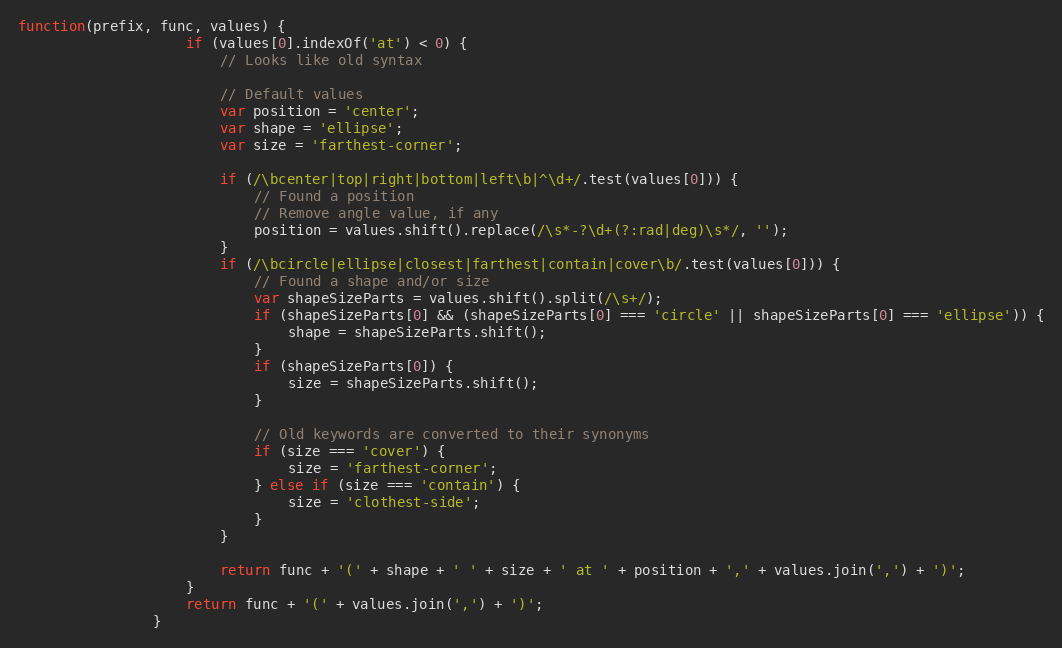
Language: JavaScript
function(prefix, func, values) {
					if (values[0].indexOf('at') < 0) {
						// Looks like old syntax

						// Default values
						var position = 'center';
						var shape = 'ellipse';
						var size = 'farthest-corner';

						if (/\bcenter|top|right|bottom|left\b|^\d+/.test(values[0])) {
							// Found a position
							// Remove angle value, if any
							position = values.shift().replace(/\s*-?\d+(?:rad|deg)\s*/, '');
						}
						if (/\bcircle|ellipse|closest|farthest|contain|cover\b/.test(values[0])) {
							// Found a shape and/or size
							var shapeSizeParts = values.shift().split(/\s+/);
							if (shapeSizeParts[0] && (shapeSizeParts[0] === 'circle' || shapeSizeParts[0] === 'ellipse')) {
								shape = shapeSizeParts.shift();
							}
							if (shapeSizeParts[0]) {
								size = shapeSizeParts.shift();
							}

							// Old keywords are converted to their synonyms
							if (size === 'cover') {
								size = 'farthest-corner';
							} else if (size === 'contain') {
								size = 'clothest-side';
							}
						}

						return func + '(' + shape + ' ' + size + ' at ' + position + ',' + values.join(',') + ')';
					}
					return func + '(' + values.join(',') + ')';
				}